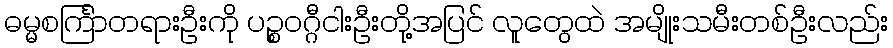
ဓမ္မစင်္ကြာတရားဦးကို ပဉ္စဝဂ္ဂီငါးဦးတို့အပြင် လူတွေထဲ အမျိုးသမီးတစ်ဦးလည်း